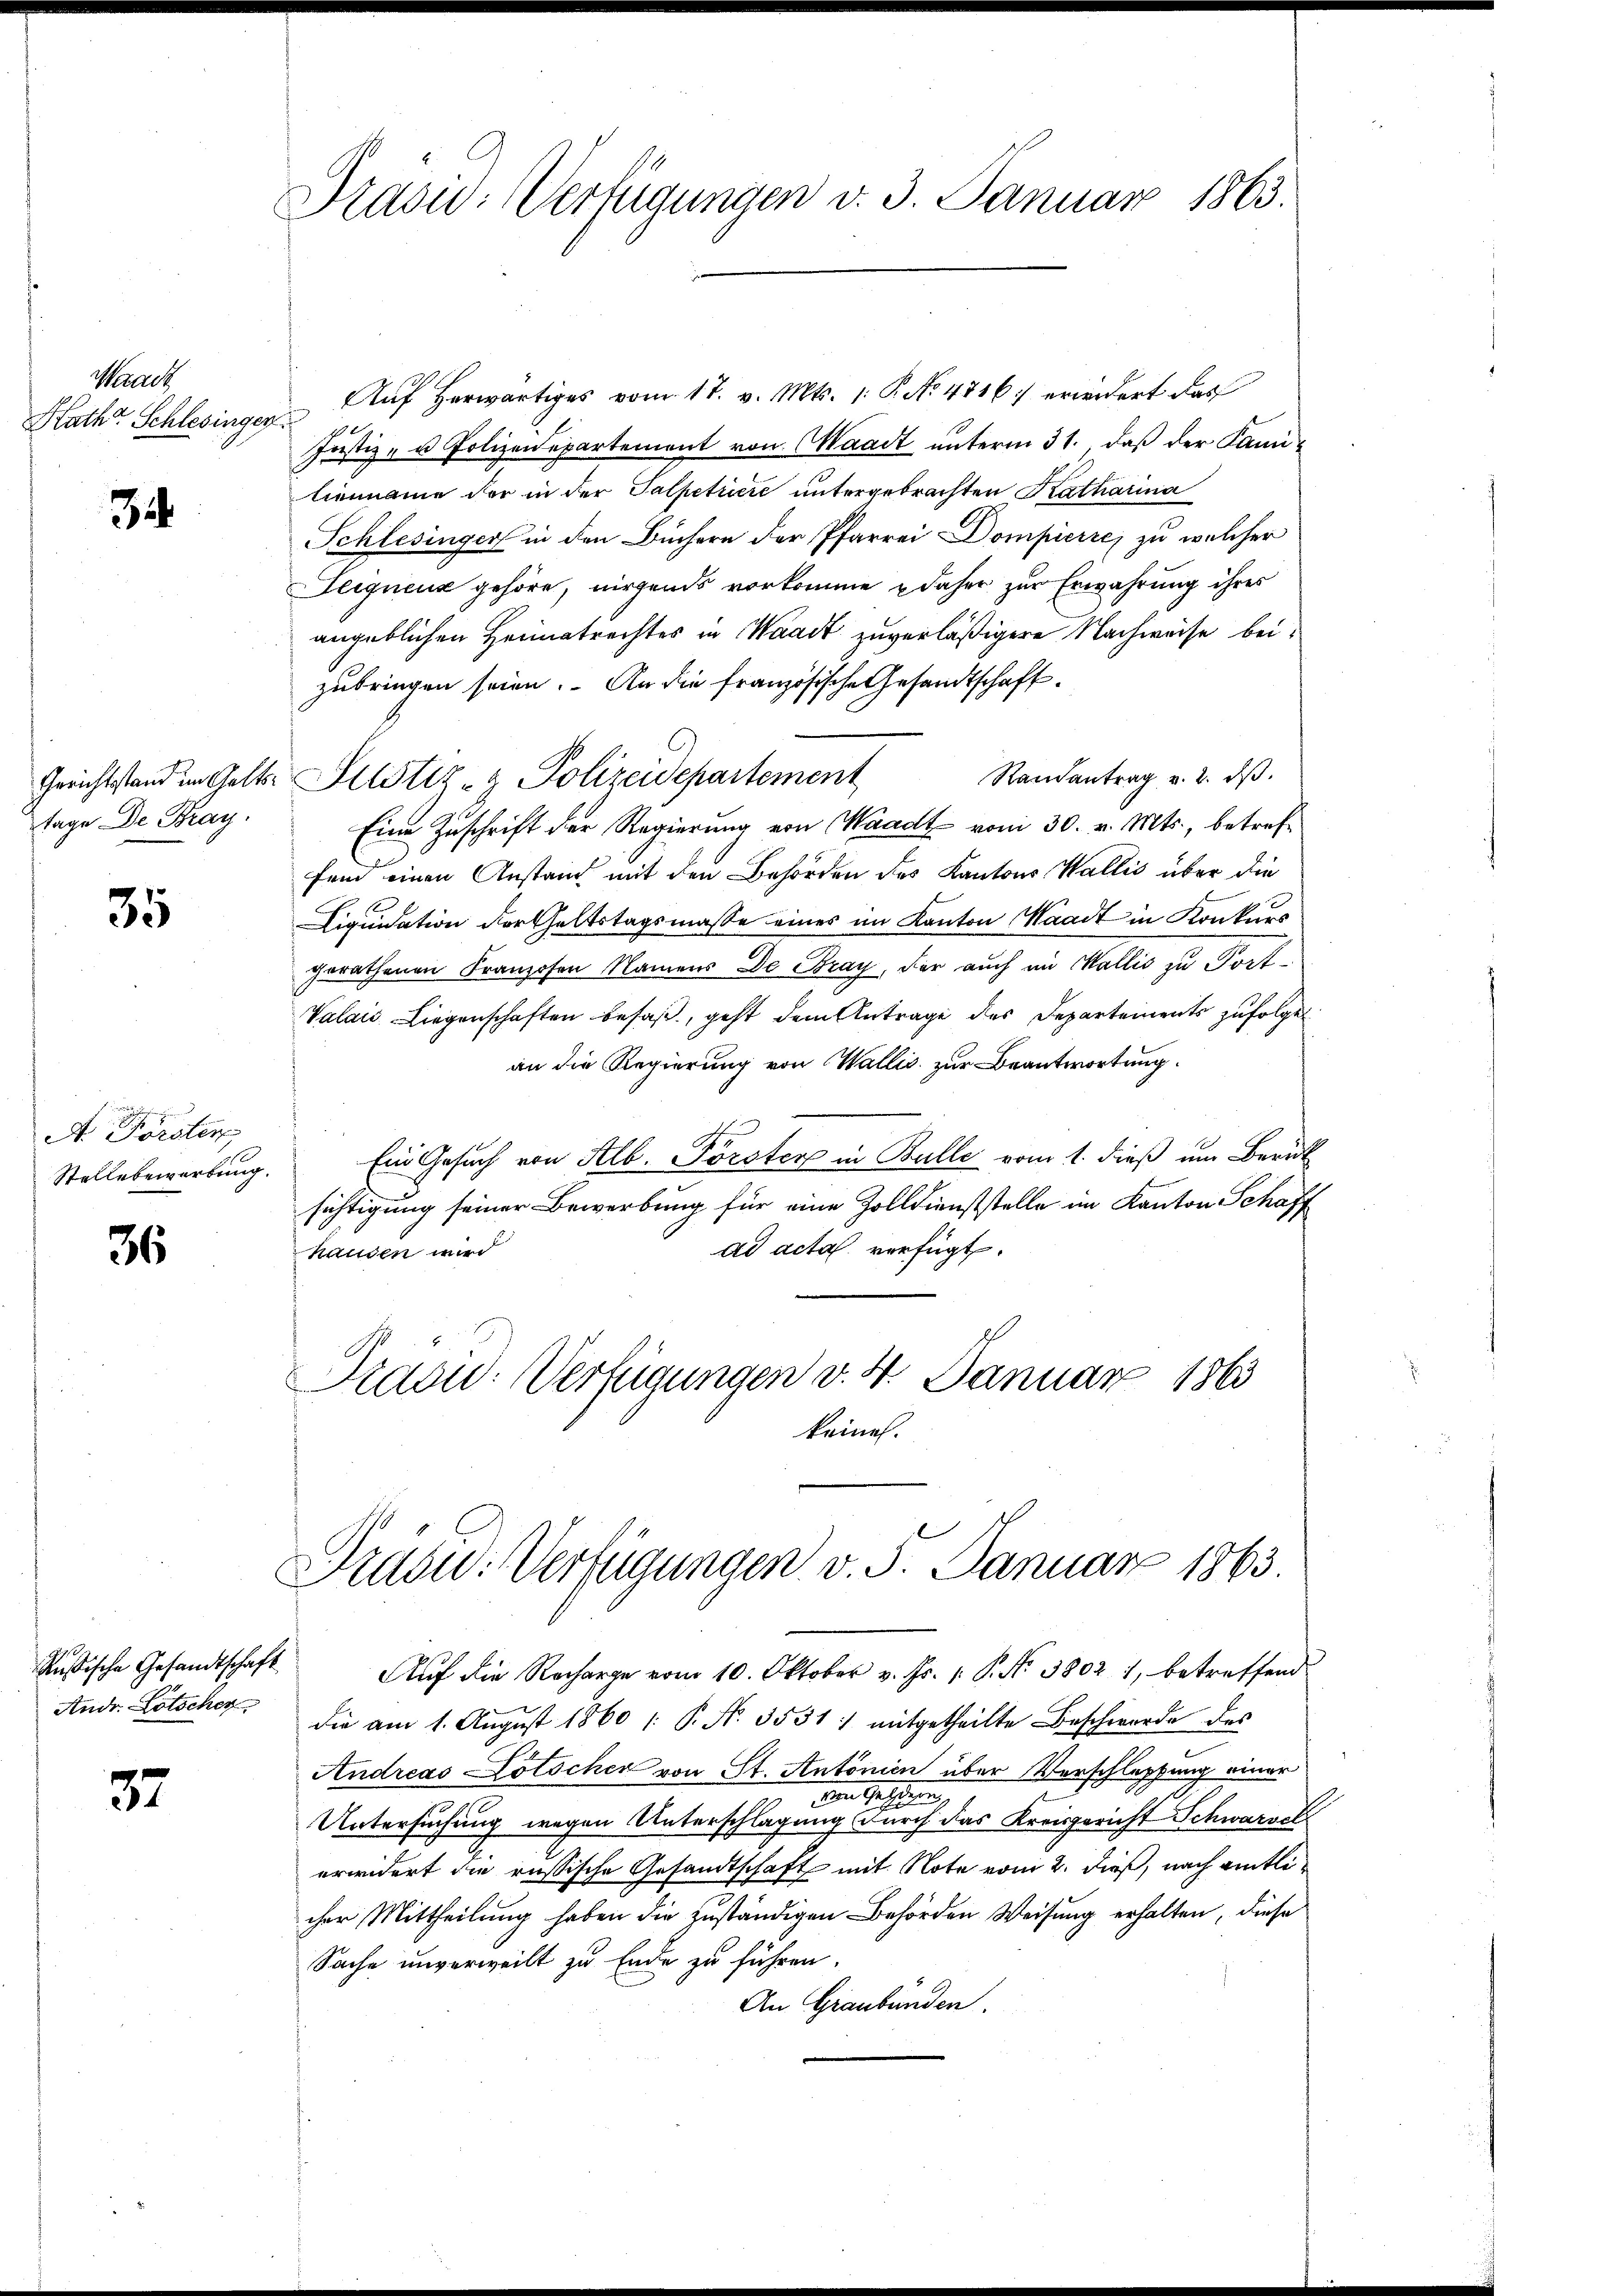
Waadt
Rath Schlesinger

34

Gerichtstand im Gelte
Tage De Kray.

35

A. Forsten
Stellebewerbung.

36

Rußische Gesandtschaft
Andr. Lötscher

37

Praow: Verfügungen v. 3. Januar 1863.

Aŭf herwärtiges vom 17. v. Mts. 1. P. No 4716: erwidert das
821.
Justiz- u Polizeiepartement von Waadt unterm 31. daß der Familienname der in der Talpetriere untergebrachten Katharina
Schlesinger in den Büchern der Pfarrei Dompierre, zu welcher
Leignenz gehöre, nirgends vorkomme daher zur Erwährung ihres
angeblichen Heimatrechtes in Waadt zuverläßigere Nachweise beizubringen seien. An die französische Gesandtschaft.
Randantrag v. 2. dβ.
Eine Zuschrift der Regierung von Waadt vom 30. v. Mts., betreffein einen Anstand mit den Behörden des Kantons Wallis über die
Liquidation der Geltstagsmasse eines im Kanton Waadt in Konkurs
gerathenen Franzosen Namens de Bray, der auch im Wallis zu Port¬
Valaić-Liegenschaften besaß, geht dem Antrage des Departements zufolgen
an die Regierung von Wallis zur Beantwortung.
Ein Gesuch von Alb. Forster in Bulle vom 1. dieß um Berück
sichtigung seiner Bewerbung für eine Zolldienststelle im Kanton Schaff
ad acta verfügt.
handen wir
Praow: Verfügungen v. 4. Januar 1863
keinen.

Justiz- & Polizeidepartement

Präsid. Verfügungen v. 5. Januar 1863.

Auf die Recharge vom 10. Oktober v. Js. 1. P. No 3802 7, betreffend
die am 1. August 1860 /: P. Nr. 3531. mitgetheilte Beschwerde des
Andreas Lötscher von St. Antonien über Vorschlüpfung einer
von Heftigen
Untersuchung wegen Unterschlagung durch das Kreisgericht Schwarzel
erwidert die russische Gesandtschaft mit Note vom 2. dieß, nach amtlicher Mittheilung haben die zuständigen Behörden Weisung erhalten, diese
Sache unverweilt zu Ende zu führen.
An Graubünden.